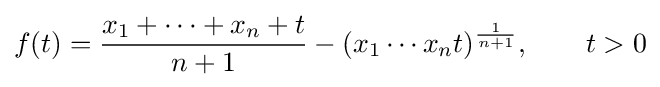
f(t)={\frac {x_{1}+\cdots +x_{n}+t}{n+1}}-({x_{1}\cdots x_{n}t})^{\frac {1}{n+1}},\qquad t>0